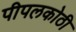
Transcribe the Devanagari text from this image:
पीपलकोठी